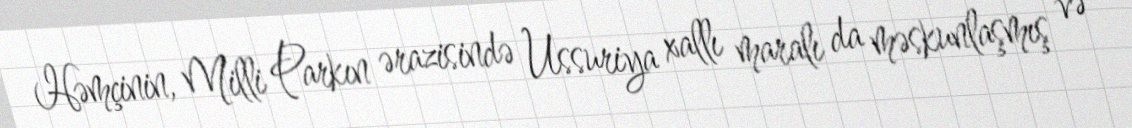
Həmçinin, Milli Parkın ərazisində Ussuriya xallı maralı da məskunlaşmış və